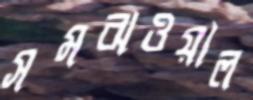
সমঝওয়াল